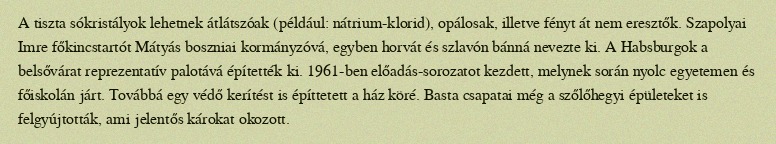
A tiszta sókristályok lehetnek átlátszóak (például: nátrium-klorid), opálosak, illetve fényt át nem eresztők. Szapolyai Imre főkincstartót Mátyás boszniai kormányzóvá, egyben horvát és szlavón bánná nevezte ki. A Habsburgok a belsővárat reprezentatív palotává építették ki. 1961-ben előadás-sorozatot kezdett, melynek során nyolc egyetemen és főiskolán járt. Továbbá egy védő kerítést is építtetett a ház köré. Basta csapatai még a szőlőhegyi épületeket is felgyújtották, ami jelentős károkat okozott.